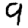
Digit: 9